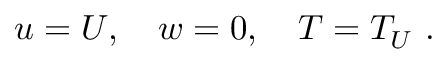
u = U , \quad w = 0 , \quad T = T _ { U } ~ .